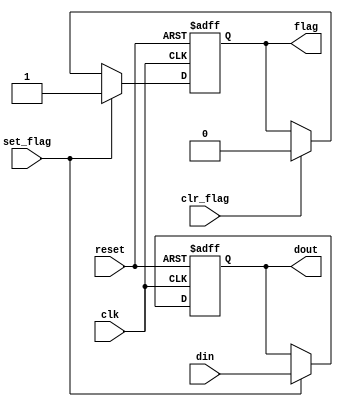
`timescale 1ns / 1ps
//////////////////////////////////////////////////////////////////////////////////
// Company: 
// Engineer: 
// 
// Design Name: 
// Module Name:    flag_buf 
// Project Name: 
// Target Devices: 
// Tool versions: 
// Description: 
//
// Dependencies: 
//
// Revision: 
// Revision 0.01 - File Created
// Additional Comments: 
//
//////////////////////////////////////////////////////////////////////////////////
module flag_buf #(parameter W = 8) // # buffer bits 
					  (input wire clk, reset, 
						input wire clr_flag , set_flag , 
						input wire [W-1:0] din, 
						output wire flag, 
						output wire [W-1:0] dout); 

// signal declaration 
reg [W-1:0] buf_reg, buf_next ; 
reg flag_reg, flag_next; 

// body 

// FF & register 
always @(posedge clk, posedge reset) 
	if (reset) 
		begin 
			buf_reg <= 0;
			flag_reg <= 1'b0; 
		end 
	else 
		begin 
			buf_reg <= buf_next; 
			flag_reg <= flag_next; 
		end 

// next- state logic 

always @* 
begin 
	buf_next = buf_reg; 
	flag_next = flag_reg; 
	if (set_flag) 
		begin 
			buf_next = din; 
			flag_next = 1'b1 ; 
		end 
	else 
		if (clr_flag) 
			flag_next = 1'b0; 
end 

// output logic 
assign dout = buf_reg; 
assign flag = flag_reg; 

endmodule